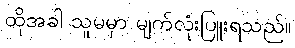
ထိုအခါ သူမမှာ မျက်လုံးပြူးရသည်။